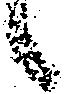
候